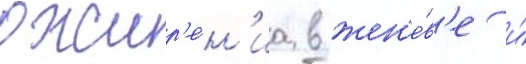
ожир'е́н'иа в жен'е́в'е и́